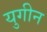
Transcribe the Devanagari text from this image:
युगीन